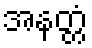
အနတ္တံ